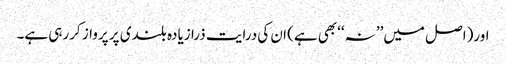
اور(اصل میں’’ نہ‘‘بھی ہے) ان کی درایت ذرا زیادہ بلندی پر پرواز کررہی ہے۔